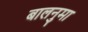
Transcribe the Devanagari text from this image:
बालनुमा